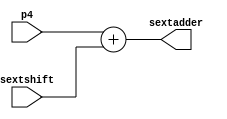
module sext_adder(
    input[31:0] p4,
    input[31:0] sextshift,
    output reg[31:0] sextadder
    );
    
    always @(*) begin
        sextadder <= p4 + sextshift;
    end
    
endmodule